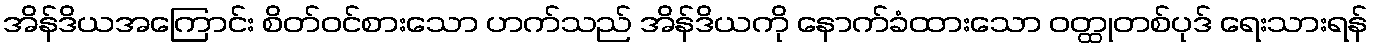
အိန်ဒိယအကြောင်း စိတ်ဝင်စားသော ဟက်သည် အိန်ဒိယကို နောက်ခံထားသော ဝတ္ထုတစ်ပုဒ် ရေးသားရန်